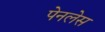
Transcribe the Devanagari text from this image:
पेनलेस